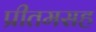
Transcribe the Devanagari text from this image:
प्रीतमसह